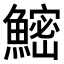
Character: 𬵨